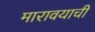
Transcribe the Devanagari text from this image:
मारावयाची